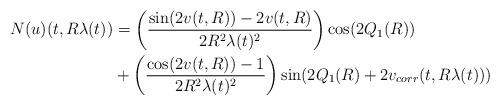
LaTeX: \begin{align*} N(u)(t,R\lambda(t)) &= \left(\frac{\sin(2v(t,R))-2v(t,R)}{2R^{2}\lambda(t)^{2}}\right)\cos(2Q_{1}(R))\\&+\left(\frac{\cos(2v(t,R))-1}{2R^{2}\lambda(t)^{2}}\right)\sin(2Q_{1}(R)+2v_{corr}(t,R\lambda(t)))\end{align*}